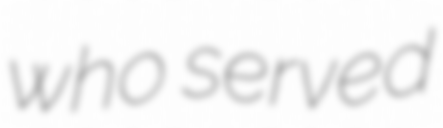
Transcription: who served